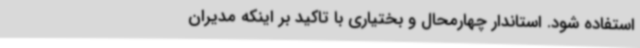
استفاده شود. استاندار چهارمحال و بختیاری با تاکید بر اینکه مدیران